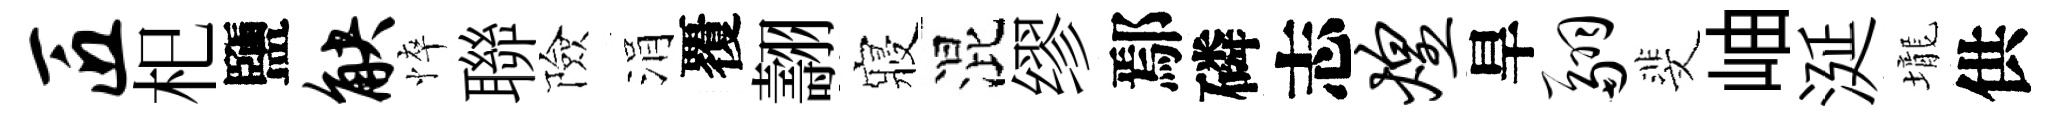
匠𣏌鹽觖悴聯險涓覆翿寢混缪鄢磷志煌旱翮斐岫涎壠供